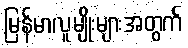
မြန်မာလူမျိုးများအတွက်